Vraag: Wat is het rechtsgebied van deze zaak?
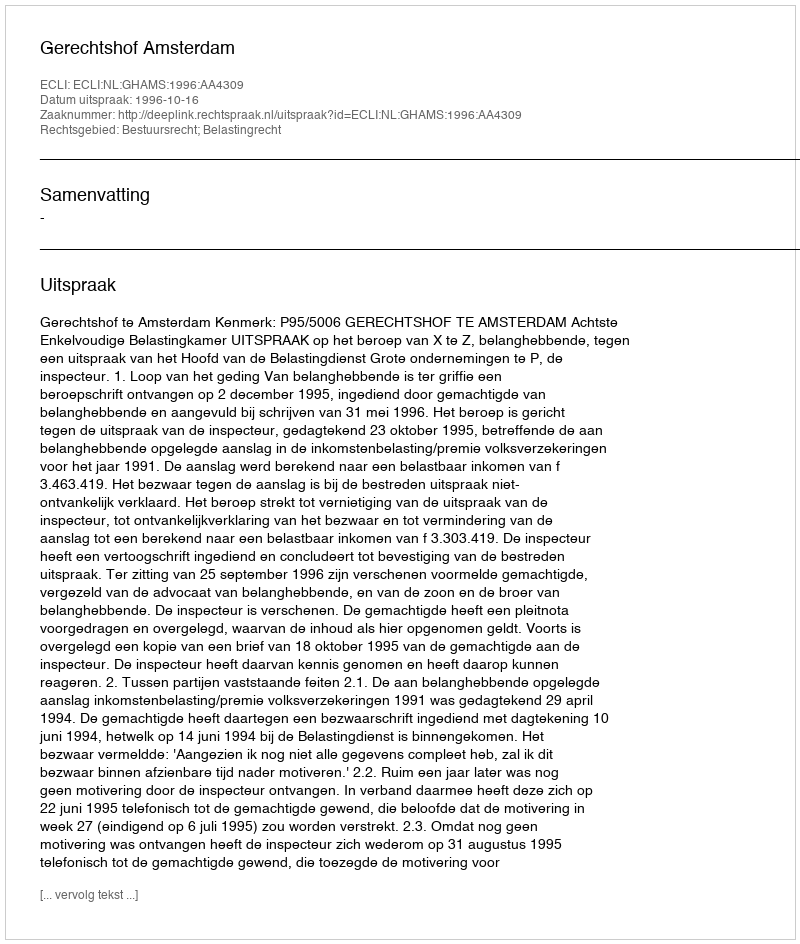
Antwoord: Bestuursrecht; Belastingrecht